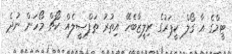
ޓީމްގެ އާ ގޯލް ކީޕަރުގެ ރިލީޒާބެހޭ އިތުރު ތަފްސީލެއް ކޯޗް މޯހަން ނުދެ